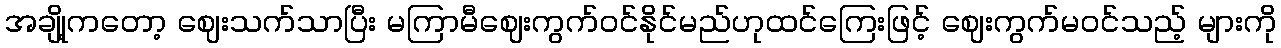
အချို့ကတော့ ဈေးသက်သာပြီး မကြာမီဈေးကွက်ဝင်နိုင်မည်ဟုထင်ကြေးဖြင့် ဈေးကွက်မဝင်သည့် များကို